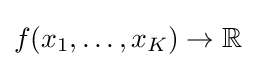
f(x_{1},\ldots ,x_{K})\to \mathbb {R}